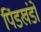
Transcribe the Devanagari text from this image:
पिंडखंडों